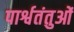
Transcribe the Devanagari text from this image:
पार्श्वतंतुओं